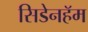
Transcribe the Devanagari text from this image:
सिडेनहॅम